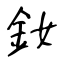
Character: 釹